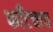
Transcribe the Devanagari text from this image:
फाँटचाच